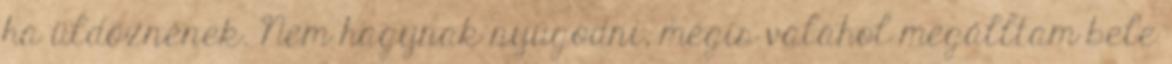
ha üldöznének. Nem hagynak nyugodni, mégis valahol megálltam bele